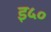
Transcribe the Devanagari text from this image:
इ५०